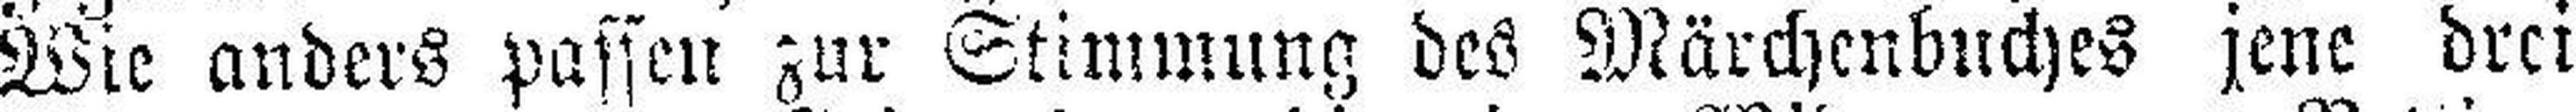
Wie anders passen zur Stimmung des Märchenbuches jene drei